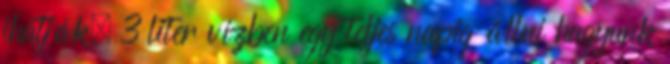
ihatják. 3 liter vízben egy teljes napig állni hagyunk